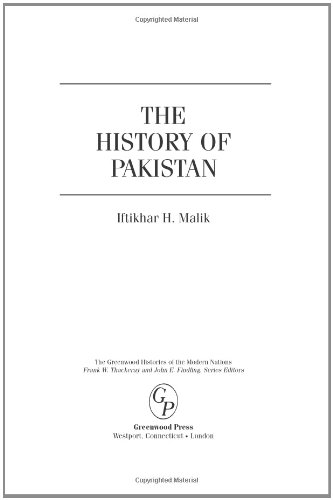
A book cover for The History of Pakistan (The Greenwood Histories of the Modern Nations); Iftikhar Malik; History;